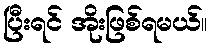
ပြီးရင် အိုးဖြစ်ရမယ်။